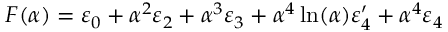
F ( \alpha ) = \varepsilon _ { 0 } + \alpha ^ { 2 } \varepsilon _ { 2 } + \alpha ^ { 3 } \varepsilon _ { 3 } + \alpha ^ { 4 } \ln ( \alpha ) \varepsilon _ { 4 } ^ { \prime } + \alpha ^ { 4 } \varepsilon _ { 4 }